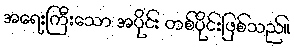
အရေးကြီးသော အပိုင်း တစ်ပိုင်းဖြစ်သည်။